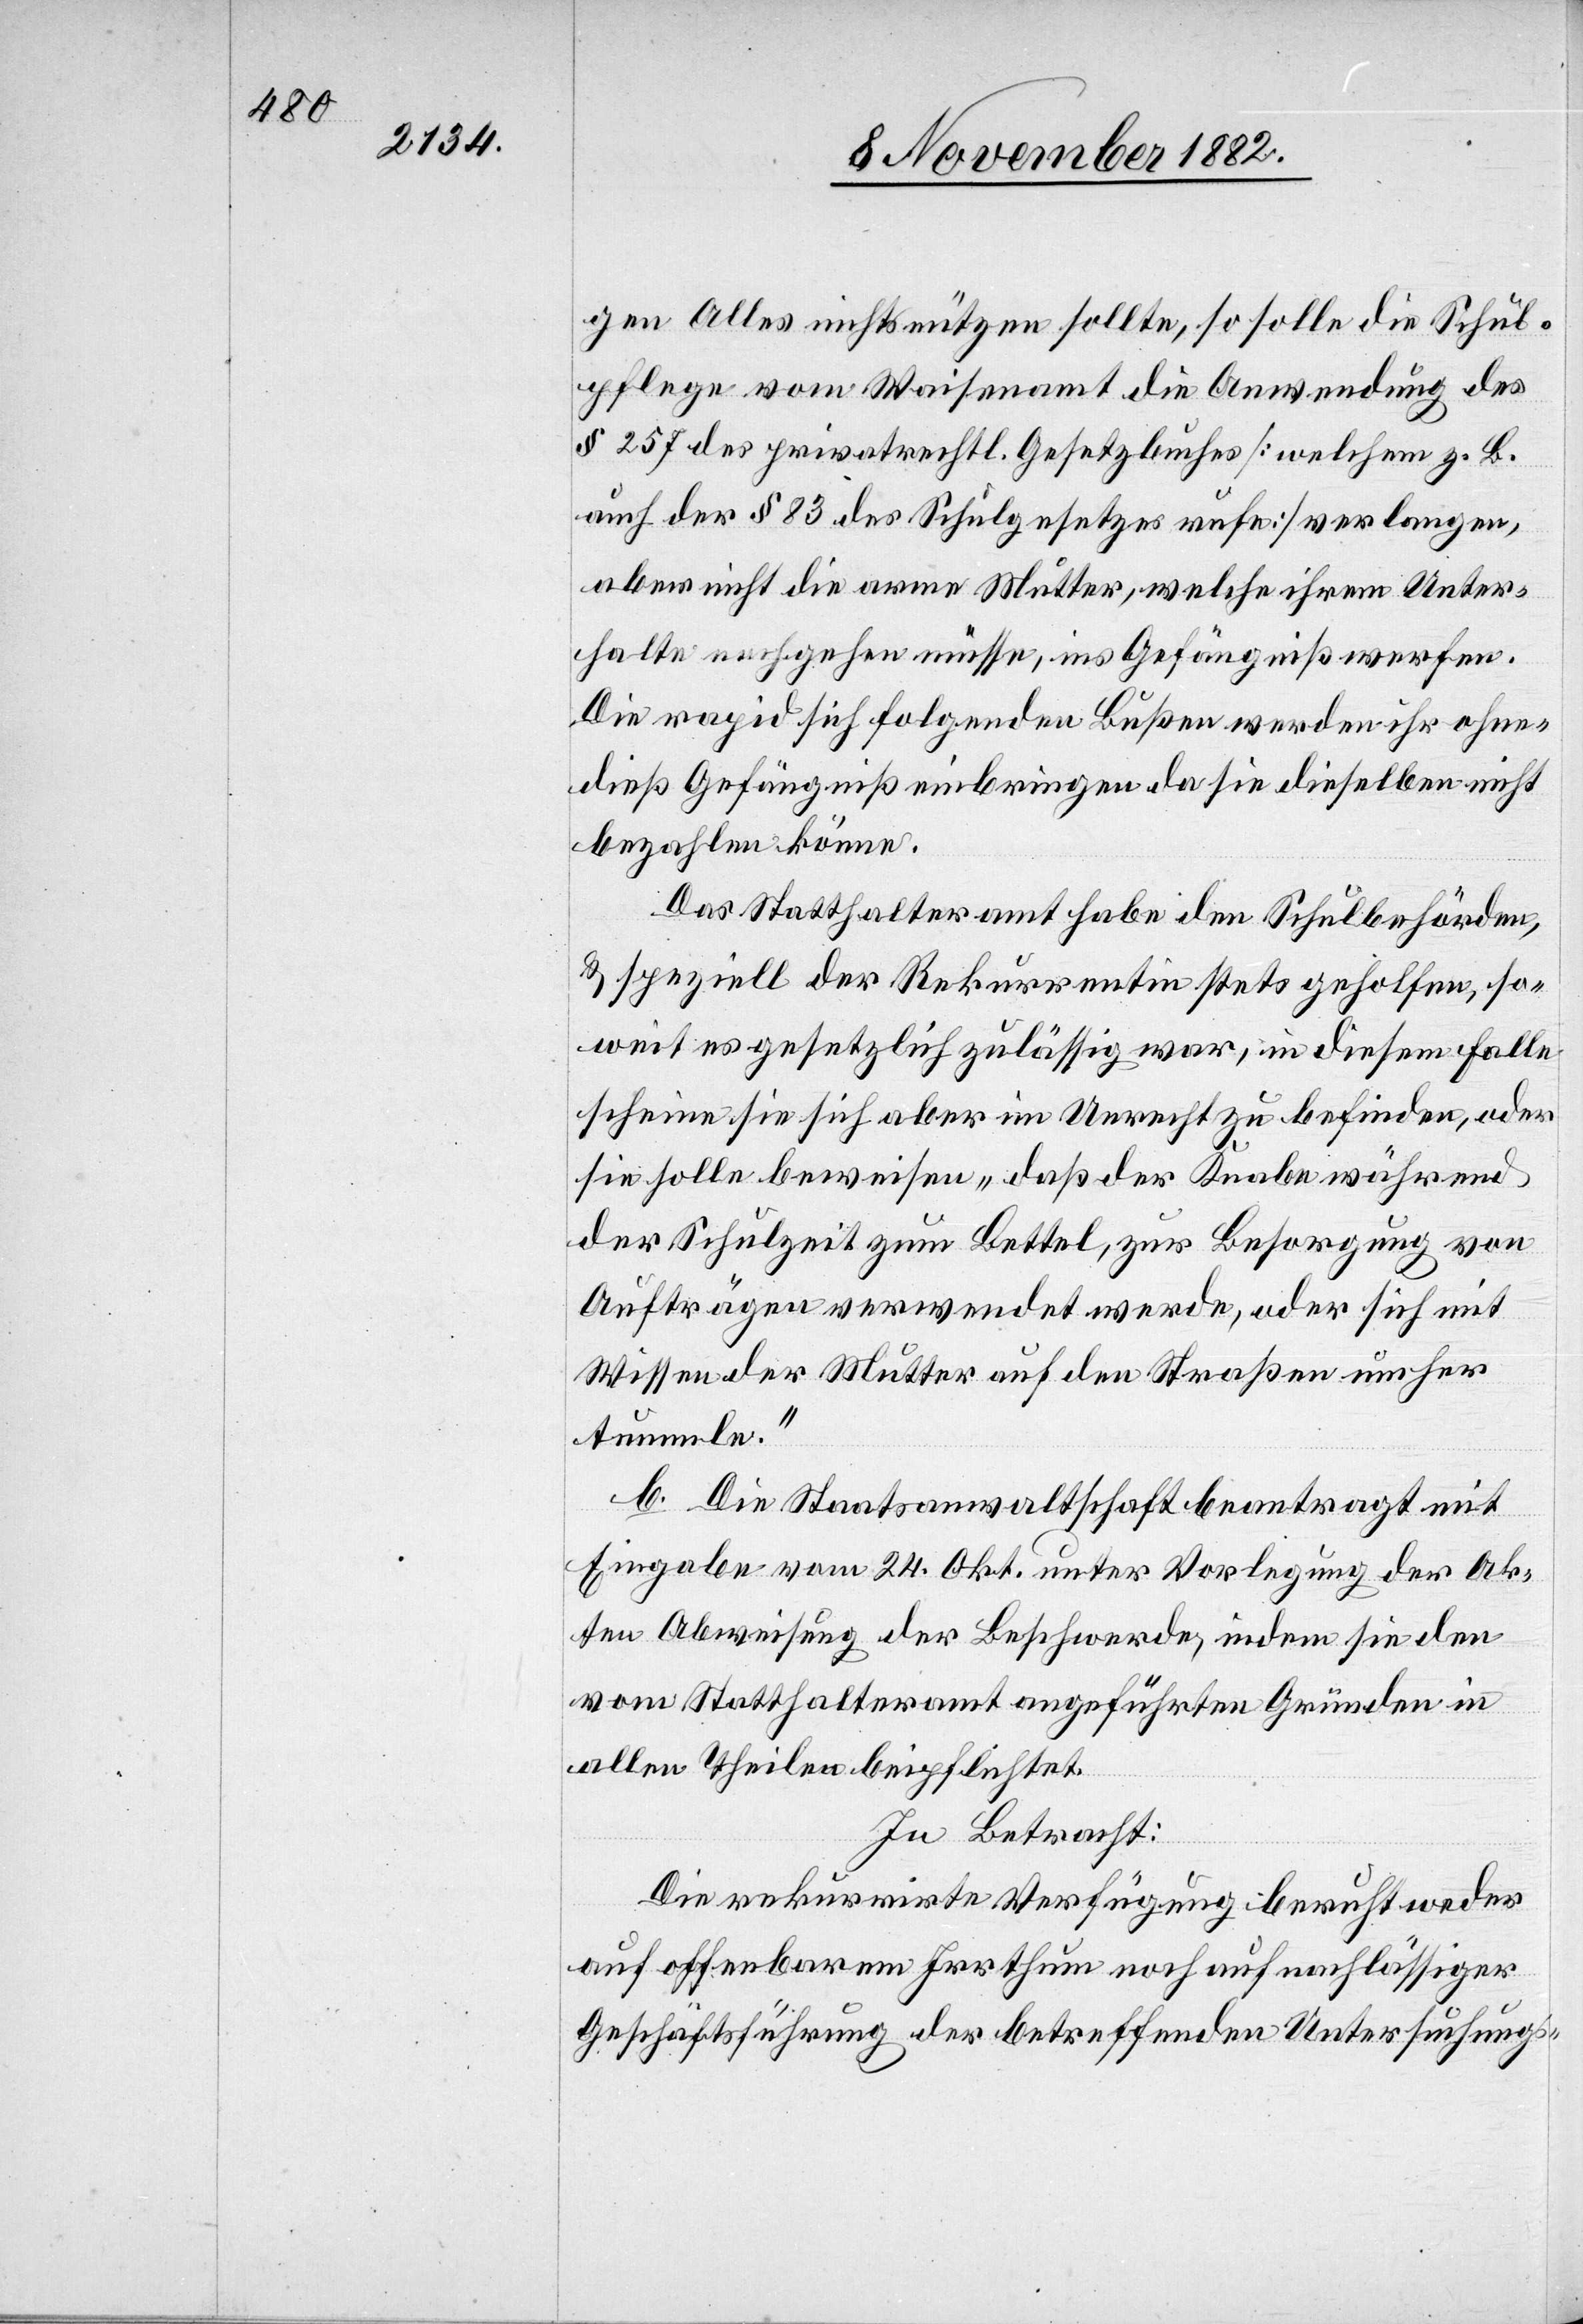
gen Alles nichts nützen sollte, so solle die Schul¬
pflege vom Waisenamt die Anwendung des
§ 257 des privatrechtl. Gesetzbuches [auf] welchem z. B.
auch der § 83 des Schulgesetzes ruhe] verlangen,
aber nicht die arme Mutter, welche ihrem Unter¬
halt nachgehen müsse, ins Gefängniß werfen.
Die rapid sich folgenden Bußen werden ihr ohne¬
dieß Gefängniß einbringen da sie dieselben nicht
bezahlen könne.
Das Statthalteramt habe den Schulbehörden
& speziell der Rekurrentin stets geholfen, so¬
weit es gesetzlich zulässig war, in diesem Falle
scheine sie sich aber im Unrecht zu befinden, oder
sie solle beweisen „daß der Knabe während
der Schulzeit zum Bettel, zur Besorgung von
Aufträgen verwendet werde, oder sich mit
Wissen der Mutter auf den Straßen umher
tummle.“
b. Die Staatsanwaltschaft beantragt mit
Eingabe vom 24. Okt. unter Vorlegung der Ak¬
ten Abweisung der Beschwerde, indem sie den
vom Statthalteramt angeführten Gründen in
allen Theilen beipflichtet.
In Betracht:
Die rekurrirte Verfügung beruht weder
auf offenbarem Irrthum noch auf nachlässiger
Geschäftsführung der betreffenden Untersuchungs-